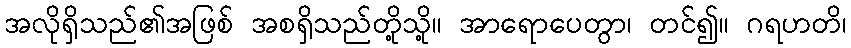
အလိုရှိသည်၏အဖြစ် အစရှိသည်တို့သို့။ အာရောပေတွာ၊ တင်၍။ ဂရဟတိ၊